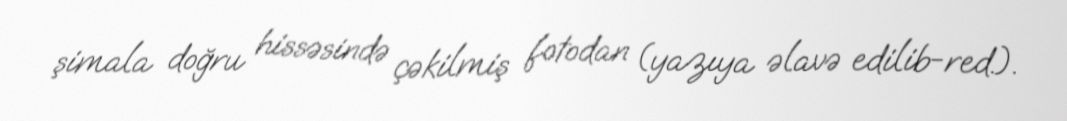
şimala doğru hissəsində çəkilmiş fotodan (yazıya əlavə edilib-red.).